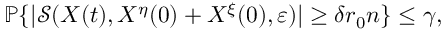
\begin{array} { r } { \mathbb { P } \{ | \mathcal { S } ( X ( t ) , X ^ { \eta } ( 0 ) + X ^ { \xi } ( 0 ) , \varepsilon ) | \ge \delta r _ { 0 } n \} \le \gamma , } \end{array}